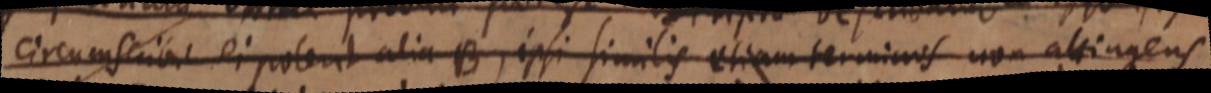
circumscribi ei poterit alia B, ipsi similis etiam terminos non attingens